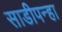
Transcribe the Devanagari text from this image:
साडीपन्हा